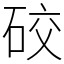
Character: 䂭